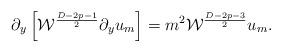
LaTeX: \begin{align*}\partial_y\left[{\cal W}^{{D-2p-1}\over 2}\partial_yu_m\right]=m^2{\cal W}^{{D-2p-3}\over 2}u_m.\end{align*}